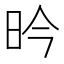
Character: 昑